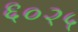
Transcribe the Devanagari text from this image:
६०२५